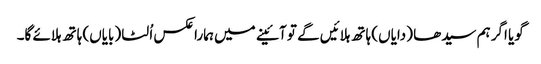
گویا اگر ہم سیدھا (دایاں) ہاتھ ہلائیں گے تو آئینے میں ہمارا عکس اُلٹا (بایاں) ہاتھ ہلائے گا۔